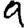
Digit: 9